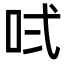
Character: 𠱌